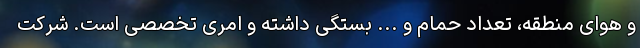
و هوای منطقه، تعداد حمام و ... بستگی داشته و امری تخصصی است. شرکت